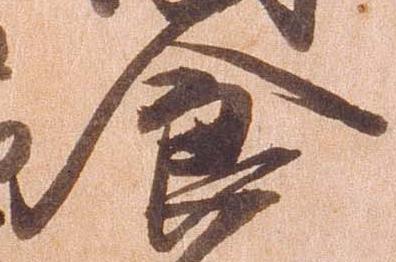
食